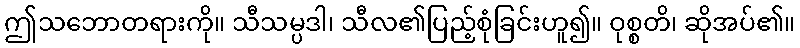
ဤသဘောတရားကို။ သီသမ္ပဒါ၊ သီလ၏ပြည့်စုံခြင်းဟူ၍။ ဝုစ္စတိ၊ ဆိုအပ်၏။